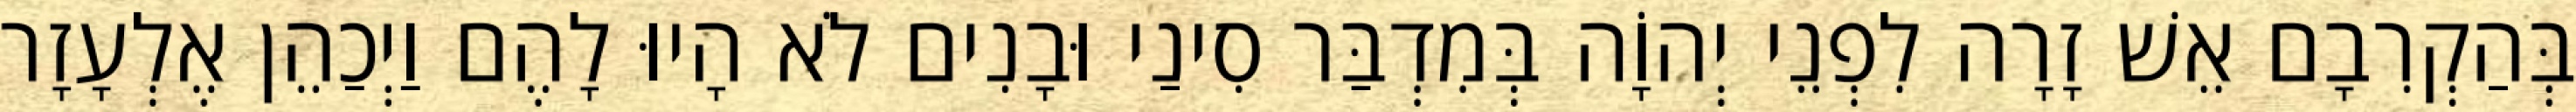
בְּהַקְרִבָם אֵשׁ זָרָה לִפְנֵי יְהוָֹה בְּמִדְבַּר סִינַי וּבָנִים לֹא הָיוּ לָהֶם וַיְכַהֵן אֶלְעָזָר